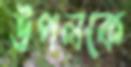
উপলকে